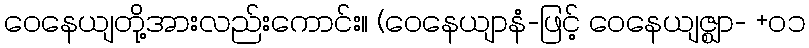
ဝေနေယျတို့အားလည်းကောင်း။ (ဝေနေယျာနံ-ဖြင့် ဝေနေယျဇ္ဈာ- +၀၁